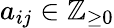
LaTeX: a_{ij}\in\mathbb{Z}_{\geq 0}